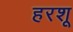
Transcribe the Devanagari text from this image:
हरशू